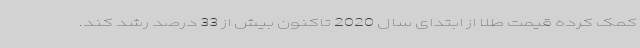
کمک کرده قیمت طلا از ابتدای سال 2020 تاکنون بیش از 33 درصد رشد کند.